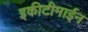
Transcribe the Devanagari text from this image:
इकीटीमाईन